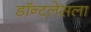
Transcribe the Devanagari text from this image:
डॉन्टलेसला